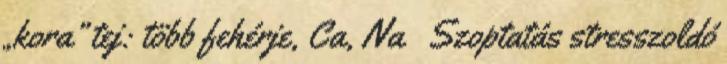
„kora” tej: több fehérje, Ca, Na Szoptatás stresszoldó